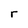
Character: r